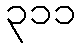
၃၁၁